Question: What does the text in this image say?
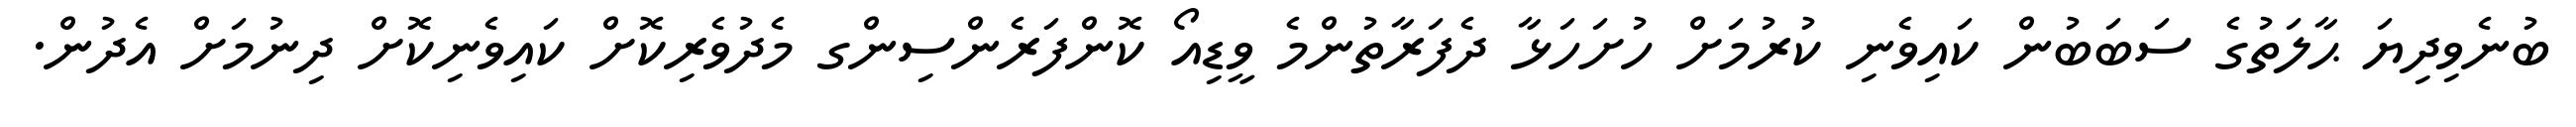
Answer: ބުނެވިދިޔަ ޙާލަތުގެ ސަބަބުން ކައިވެނި ކުރުމަށް ހުށަހަޅާ ދެފަރާތުންމެ ވީޑިއޯ ކޮންފަރެންސިންގ މެދުވެރިކޮށް ކައިވެނިކޮށް ދިނުމަށް އެދުން.